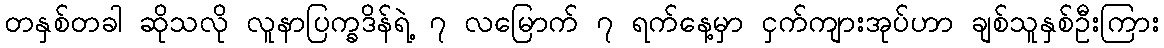
တနှစ်တခါ ဆိုသလို လူနာပြက္ခဒိန်ရဲ့ ၇ လမြောက် ၇ ရက်နေ့မှာ ငှက်ကျားအုပ်ဟာ ချစ်သူနှစ်ဦးကြား